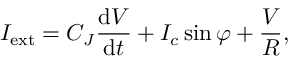
I _ { \mathrm { e x t } } = C _ { J } { \frac { \operatorname { d } \! V } { \operatorname { d } \! t } } + I _ { c } \sin \varphi + { \frac { V } { R } } ,